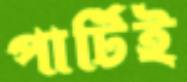
পার্টিই